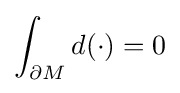
\int _{\partial M}d(\cdot )=0